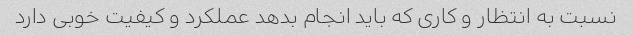
نسبت به انتظار و کاری که باید انجام بدهد عملکرد و کیفیت خوبی دارد